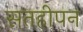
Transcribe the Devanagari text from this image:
सतहीपन